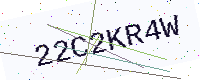
Text: 22C2KR4W